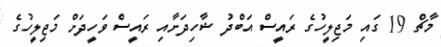
މާޗް 19 ގައި މަޖިލީހުގެ ރައީސް އަބްދު ޝާހިދަށާއި ރައީސް ވަހީދަށް މަޖިލީހުގެ